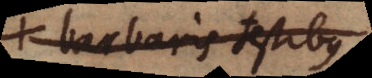
barbaris testibus